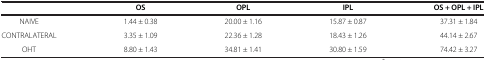
<table><thead><tr><td>[EMPTY_CELL]</td><td><b>OS</b></td><td><b>OPL</b></td><td><b>IPL</b></td><td><b>OS + OPL + IPL</b></td></tr></thead><tbody><tr><td>NAIVE</td><td>1.44 ± 0.38</td><td>20.00 ± 1.16</td><td>15.87 ± 0.87</td><td>37.31 ± 1.84</td></tr><tr><td>CONTRALATERAL</td><td>3.35 ± 1.09</td><td>22.36 ± 1.28</td><td>18.43 ± 1.26</td><td>44.14 ± 2.67</td></tr><tr><td>OHT</td><td>8.80 ± 1.43</td><td>34.81 ± 1.41</td><td>30.80 ± 1.59</td><td>74.42 ± 3.27</td></tr></tbody></table>